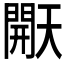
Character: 𰿠